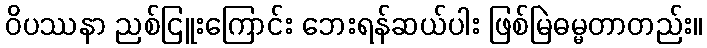
ဝိပဿနာ ညစ်ငြူးကြောင်း ဘေးရန်ဆယ်ပါး ဖြစ်မြဲဓမ္မတာတည်း။